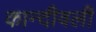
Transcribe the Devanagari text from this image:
कान्दीवली